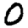
Digit: 0